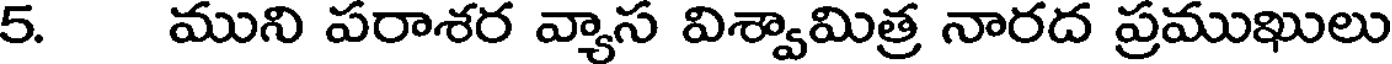
5. ముని పరాశర వ్యాస విశ్వామిత్ర నారద ప్రముఖులు